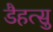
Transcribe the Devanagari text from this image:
डैहत्सु